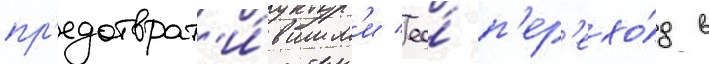
пр'едотврат'и́вшим'и ео́ п'ер'ехо́д в